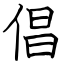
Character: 倡